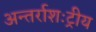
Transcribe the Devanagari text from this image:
अन्तर्राशःट्रीय